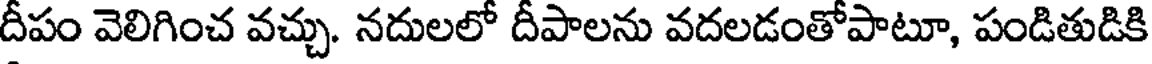
దీపం వెలిగించ వచ్చు. నదులలో దీపాలను వదలడంతోపాటూ, పండితుడికి